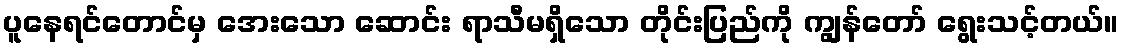
ပူနေရင်တောင်မှ အေးသော ဆောင်း ရာသီမရှိသော တိုင်းပြည်ကို ကျွန်တော် ရွေးသင့်တယ်။